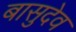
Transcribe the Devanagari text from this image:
बासुदेव